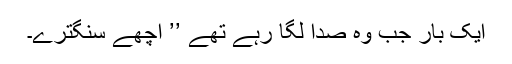
ایک بار جب وہ صدا لگا رہے تھے ’’ اچھے سنگترے۔